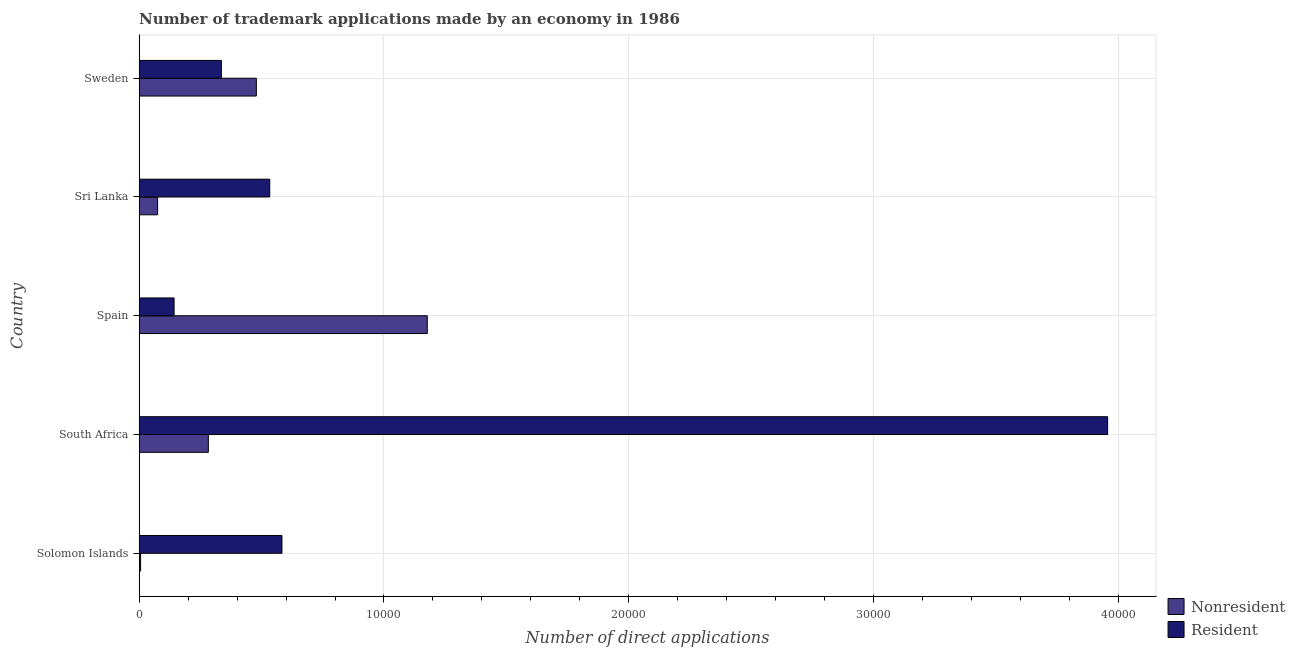
| Country | Nonresident | Resident |
 | --- | --- | --- |
 | Solomon Islands | 59 | 5.83e+03 |
 | South Africa | 2.83e+03 | 3.96e+04 |
 | Spain | 1.18e+04 | 1.43e+03 |
 | Sri Lanka | 753 | 5.33e+03 |
 | Sweden | 4.79e+03 | 3.36e+03 |